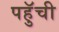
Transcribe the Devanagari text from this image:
पहुॅची